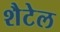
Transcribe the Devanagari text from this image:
शैटेल